38_143685_box_Incident_Summaries_101-172
Agency: Department of War
Page 177
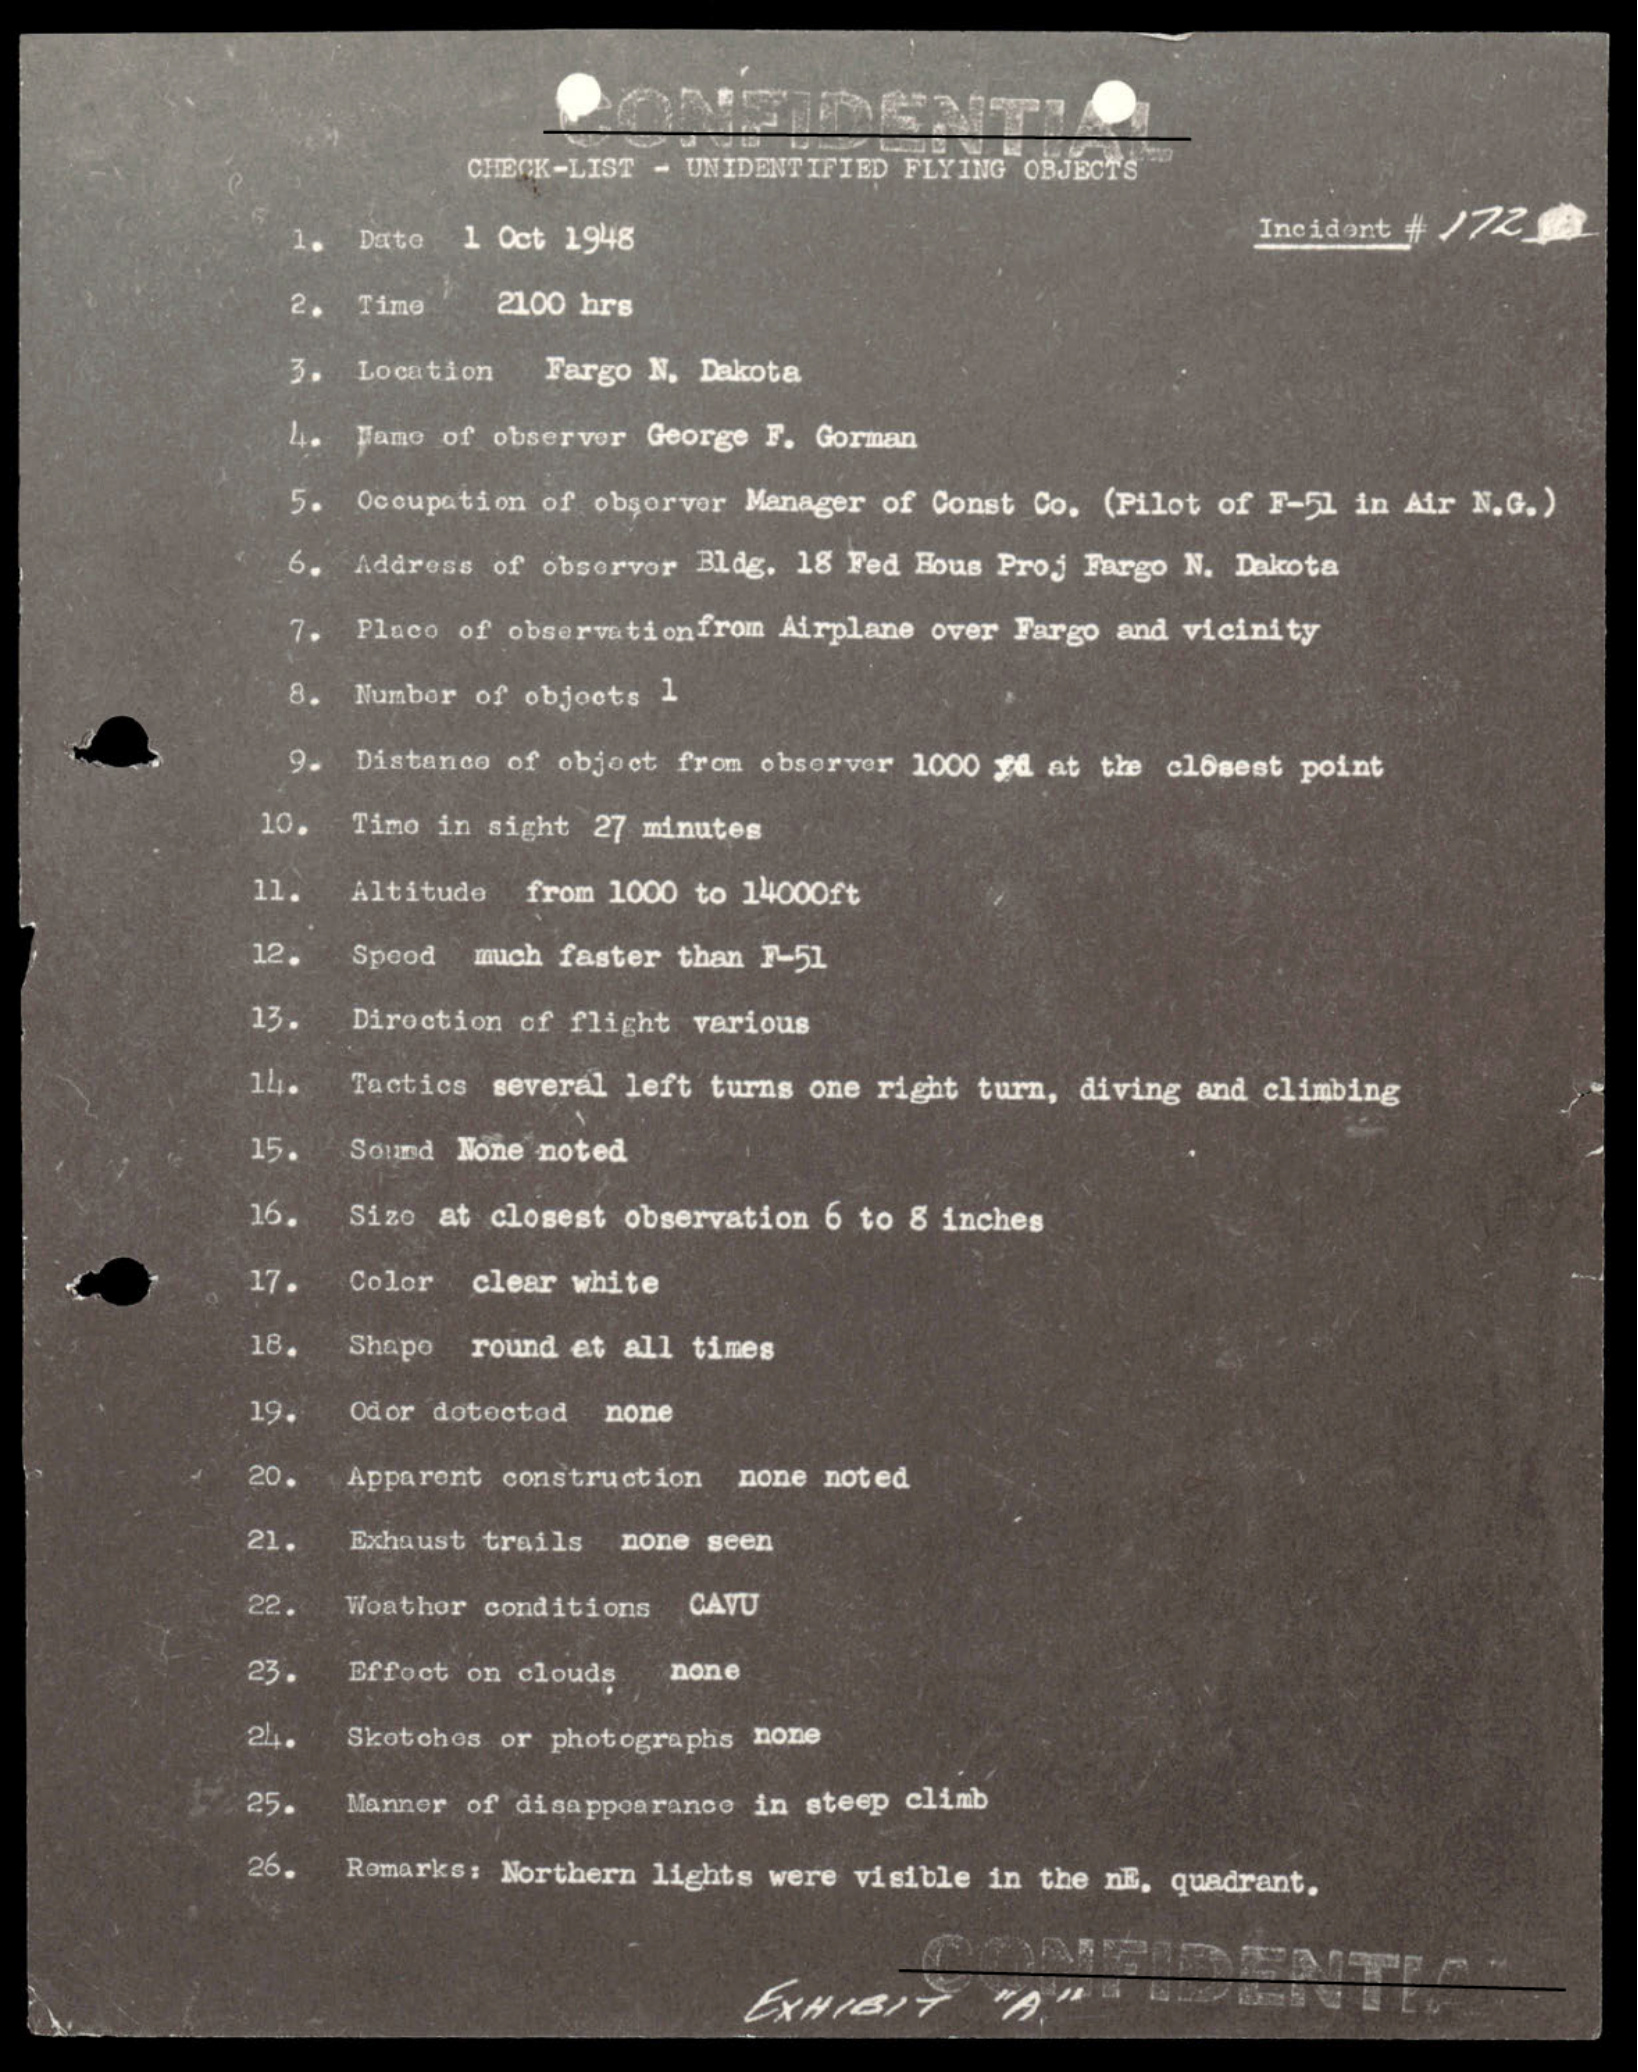